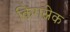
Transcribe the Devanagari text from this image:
किंगस्नेक